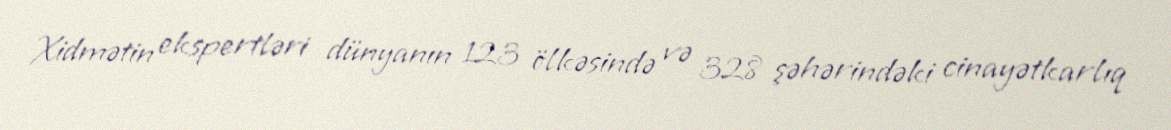
Xidmətin ekspertləri dünyanın 123 ölkəsində və 328 şəhərindəki cinayətkarlıq